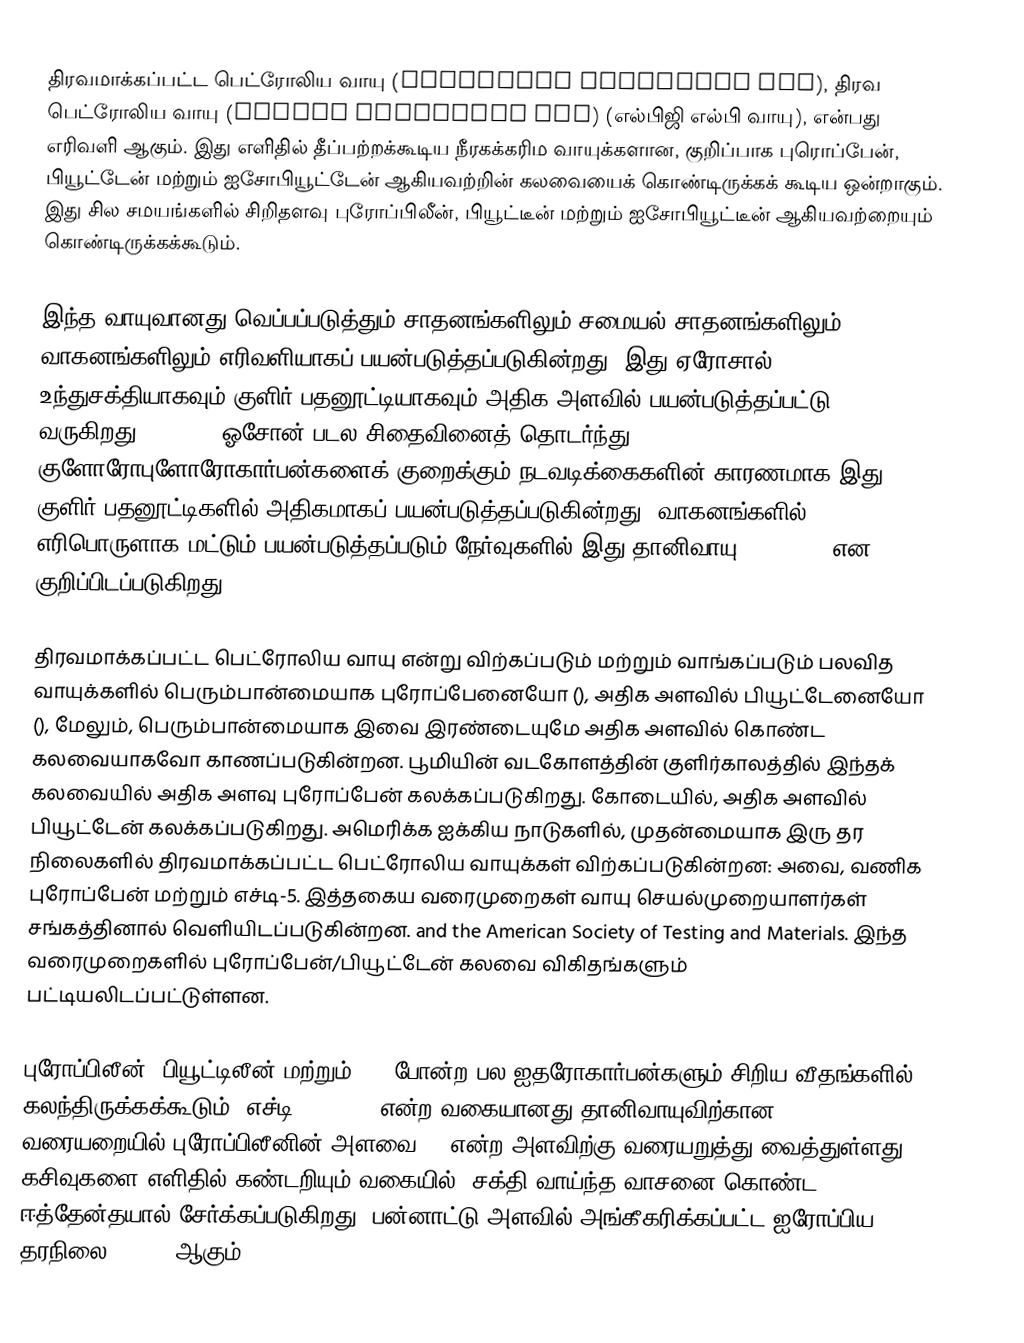
திரவமாக்கப்பட்ட பெட்ரோலிய வாயு (Liquified Petroleum Gas), திரவ பெட்ரோலிய வாயு (Liquid Petroleum Gas)  (எல்பிஜி  எல்பி வாயு), என்பது எரிவளி ஆகும். இது எளிதில் தீப்பற்றக்கூடிய நீரகக்கரிம வாயுக்களான, குறிப்பாக புரொப்பேன், பியூட்டேன் மற்றும் ஐசோபியூட்டேன் ஆகியவற்றின் கலவையைக் கொண்டிருக்கக் கூடிய ஒன்றாகும். இது சில சமயங்களில் சிறிதளவு புரோப்பிலீன், பியூட்டீன் மற்றும் ஐசோபியூட்டீன் ஆகியவற்றையும் கொண்டிருக்கக்கூடும்.

இந்த வாயுவானது வெப்பப்படுத்தும் சாதனங்களிலும் சமையல் சாதனங்களிலும் வாகனங்களிலும் எரிவளியாகப் பயன்படுத்தப்படுகின்றது. இது ஏரோசால் உந்துசக்தியாகவும் குளிர் பதனூட்டியாகவும் அதிக அளவில் பயன்படுத்தப்பட்டு வருகிறது. and a , ஓசோன் படல சிதைவினைத் தொடர்ந்து குளோரோபுளோரோகார்பன்களைக் குறைக்கும் நடவடிக்கைகளின் காரணமாக இது குளிர் பதனூட்டிகளில் அதிகமாகப் பயன்படுத்தப்படுகின்றது. வாகனங்களில் எரிபொருளாக மட்டும் பயன்படுத்தப்படும் நேர்வுகளில் இது தானிவாயு (autogas) என குறிப்பிடப்படுகிறது.

திரவமாக்கப்பட்ட பெட்ரோலிய வாயு என்று விற்கப்படும் மற்றும் வாங்கப்படும் பலவித வாயுக்களில் பெரும்பான்மையாக புரோப்பேனையோ (), அதிக அளவில் பியூட்டேனையோ (), மேலும், பெரும்பான்மையாக இவை இரண்டையுமே அதிக அளவில் கொண்ட கலவையாகவோ காணப்படுகின்றன. பூமியின் வடகோளத்தின் குளிர்காலத்தில் இந்தக் கலவையில் அதிக அளவு புரோப்பேன் கலக்கப்படுகிறது. கோடையில், அதிக அளவில் பியூட்டேன் கலக்கப்படுகிறது. அமெரிக்க ஐக்கிய நாடுகளில், முதன்மையாக இரு தர நிலைகளில் திரவமாக்கப்பட்ட பெட்ரோலிய வாயுக்கள் விற்கப்படுகின்றன: அவை, வணிக புரோப்பேன் மற்றும் எச்டி-5. இத்தகைய வரைமுறைகள் வாயு செயல்முறையாளர்கள் சங்கத்தினால் வெளியிடப்படுகின்றன. and the American Society of Testing and Materials. இந்த வரைமுறைகளில் புரோப்பேன்/பியூட்டேன் கலவை விகிதங்களும் பட்டியலிடப்பட்டுள்ளன.

புரோப்பிலீன், பியூட்டிலீன் மற்றும் , ,  போன்ற பல ஐதரோகார்பன்களும் சிறிய வீதங்களில் கலந்திருக்கக்கூடும். எச்டி-5 (HD-5) என்ற வகையானது தானிவாயுவிற்கான வரையறையில் புரோப்பிலீனின் அளவை 5% என்ற அளவிற்கு வரையறுத்து வைத்துள்ளது. கசிவுகளை எளிதில் கண்டறியும் வகையில், சக்தி வாய்ந்த வாசனை கொண்ட ஈத்தேன்தயால் சேர்க்கப்படுகிறது. பன்னாட்டு அளவில் அங்கீகரிக்கப்பட்ட ஐரோப்பிய தரநிலை EN 589 ஆகும்.